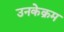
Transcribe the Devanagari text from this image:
उनकेक्रम